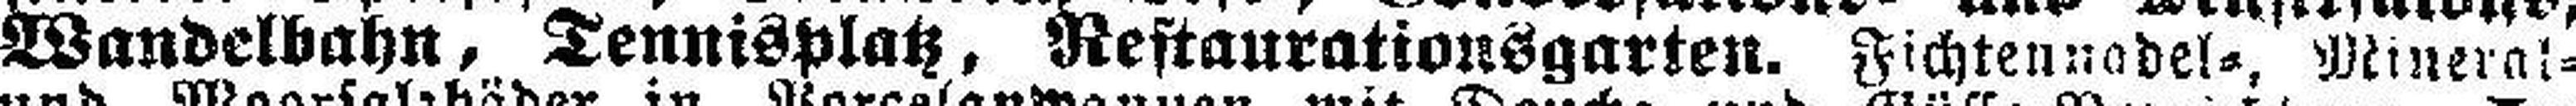
Wandelbahn, Tennisplatz, Restaurationsgarten. Fichtenadel=, Mineral=